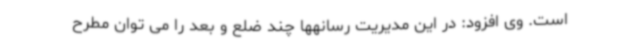
است. وی افزود: در این مدیریت رسانهها چند ضلع و بعد را می توان مطرح